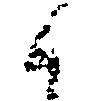
候